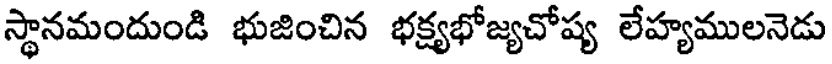
స్థానమందుండి భుజించిన భక్ష్యభోజ్యచోష్య లేహ్యములనెడు